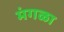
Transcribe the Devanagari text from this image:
मंगळा